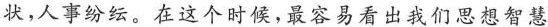
状，人事纷纭。在这个时候，最容易看出我们思想智慧